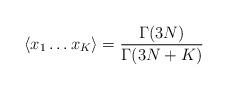
LaTeX: \begin{align*}\langle x_1\dots x_K \rangle = \frac{\Gamma(3N)}{\Gamma(3N+K)}\end{align*}